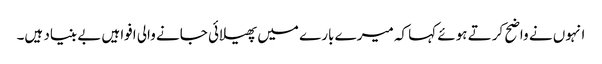
انہوں نے واضح کرتے ہوئے کہا کہ میرے بارے میں پھیلائی جانے والی افواہیں بے بنیاد ہیں۔